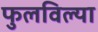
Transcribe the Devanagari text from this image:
फुलविल्या